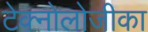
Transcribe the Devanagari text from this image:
टेक्नोलोजीका